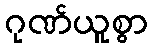
ဂုဏ်ယူစွာ